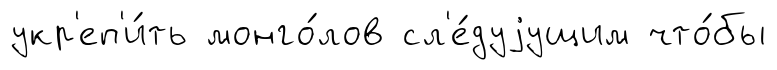
укр'еп'и́ть монго́лов сл'е́дуjущим что́бы